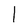
Character: l